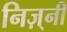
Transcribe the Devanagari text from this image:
निज़्नी